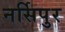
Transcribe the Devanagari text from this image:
नर्सिपुर